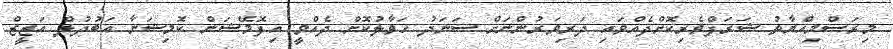
މިރަސްމިއްޔާތު ޝަރަފްވެރިކޮށްދެއްވައި ދަރިވަރުންނަށް ސަނަދު ހަވާލުކޮށް ދެއްވީ އިފޮމޭޝަން ކޮމިޝަނާ އަބުދުލް އަޒީޒް